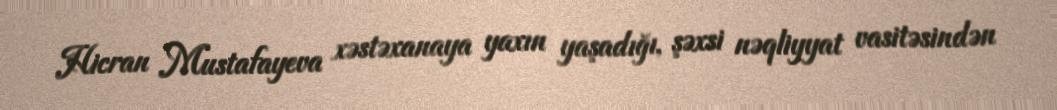
Hicran Mustafayeva xəstəxanaya yaxın yaşadığı, şəxsi nəqliyyat vasitəsindən